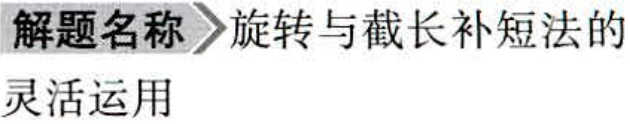
\begin{解题名称}
旋转与截长补短法的
灵活运用
\end{解题名称}